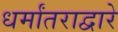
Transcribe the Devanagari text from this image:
धर्मांतराद्वारे